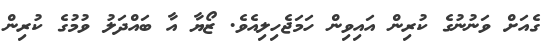
ގެއަށް ވަނުނުގެ ކުރިން އައިވިން ހަމަޖެހިލިއެވެ. ޒޯޔާ އާ ބައްދަލު ވުމުގެ ކުރިން